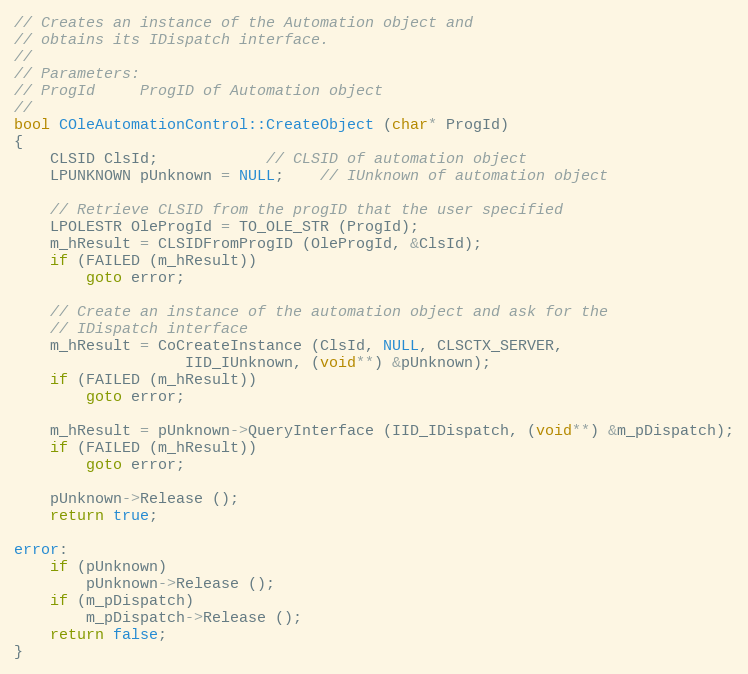
Language: C++
// Creates an instance of the Automation object and
// obtains its IDispatch interface.
//
// Parameters:
// ProgId	  ProgID of Automation object
//
bool COleAutomationControl::CreateObject (char* ProgId)
{
	CLSID ClsId;			// CLSID of automation object
	LPUNKNOWN pUnknown = NULL;	// IUnknown of automation object

	// Retrieve CLSID from the progID that the user specified
	LPOLESTR OleProgId = TO_OLE_STR (ProgId);
	m_hResult = CLSIDFromProgID (OleProgId, &ClsId);
	if (FAILED (m_hResult))
		goto error;

	// Create an instance of the automation object and ask for the
	// IDispatch interface
	m_hResult = CoCreateInstance (ClsId, NULL, CLSCTX_SERVER,
			       IID_IUnknown, (void**) &pUnknown);
	if (FAILED (m_hResult))
		goto error;

	m_hResult = pUnknown->QueryInterface (IID_IDispatch, (void**) &m_pDispatch);
	if (FAILED (m_hResult))
		goto error;

	pUnknown->Release ();
	return true;

error:
	if (pUnknown)
		pUnknown->Release ();
	if (m_pDispatch)
		m_pDispatch->Release ();
	return false;
}